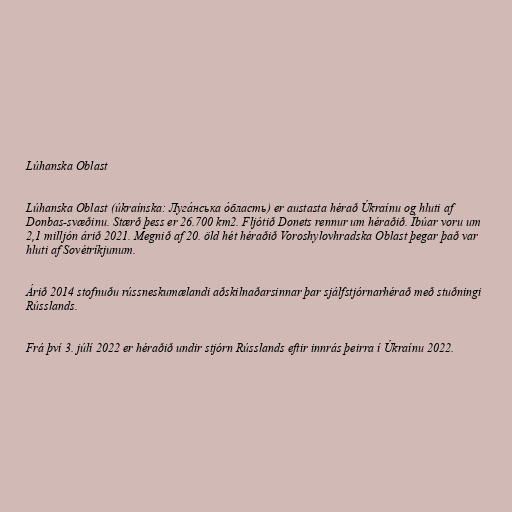
Lúhanska Oblast

Lúhanska Oblast (úkraínska: Луга́нська о́бласть) er austasta hérað Úkraínu og hluti af
Donbas-svæðinu. Stærð þess er 26.700 km2. Fljótið Donets rennur um héraðið. Íbúar voru um
2,1 milljón árið 2021. Megnið af 20. öld hét héraðið Voroshylovhradska Oblast þegar það var
hluti af Sovétríkjunum.

Árið 2014 stofnuðu rússneskumælandi aðskilnaðarsinnar þar sjálfstjórnarhérað með stuðningi
Rússlands.

Frá því 3. júlí 2022 er héraðið undir stjórn Rússlands eftir innrás þeirra í Úkraínu 2022.